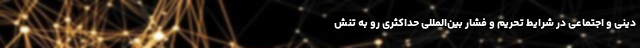
دینی و اجتماعی در شرایط تحریم و فشار بین‌المللی حداکثری رو به تنش